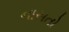
નાસતો